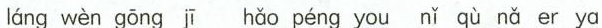
láng wèn gōng jī hǎo péng you nǐ qù nǎ er ya